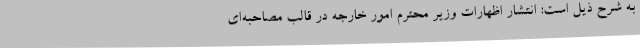
به شرح ذیل است: انتشار اظهارات وزیر محترم امور خارجه در قالب مصاحبه‌ای